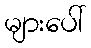
များပေါ်